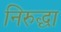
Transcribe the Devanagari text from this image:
निरुद्धा